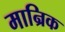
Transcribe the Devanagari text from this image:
मान्रिक